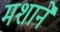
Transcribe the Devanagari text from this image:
मशानें